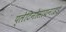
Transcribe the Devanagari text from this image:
प्लेटिनोसायनाइड